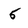
Character: 5